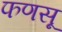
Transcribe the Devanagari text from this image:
फणसू